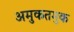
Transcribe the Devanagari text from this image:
अमुकतमुक